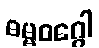
ဓမ္မဝဂ္ဂေါ